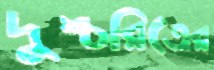
দুশ্চরিত্রের